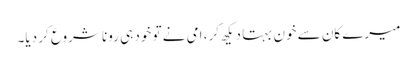
میرے کان سے خون بہتا دیکھ کر، امی نے تو خود ہی رونا شروع کر دیا۔